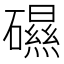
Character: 礘